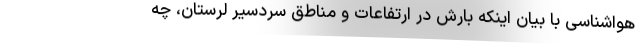
هواشناسی با بیان اینکه بارش در ارتفاعات و مناطق سردسیر لرستان، چه